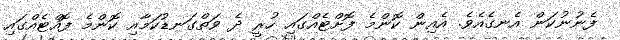
ފެނުނުކަން އެނގެއެވެ. އެއިން ކޮންމެ ފޮށްޓެއްގައި ހުރީ ދެ ވަތްގަނޑުކަމާއި ކޮންމެ ފޮއްޓެއްގައި